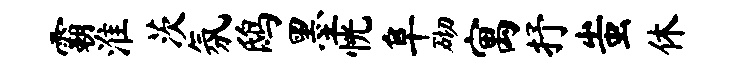
霸淮茨氛鸱墨恍阜砌寓抒蚩休